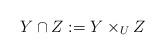
LaTeX: \begin{align*}Y\cap Z := Y\times_U Z\end{align*}